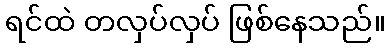
ရင်ထဲ တလှပ်လှပ် ဖြစ်နေသည်။